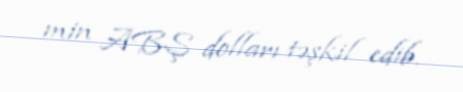
min ABŞ dolları təşkil edib.